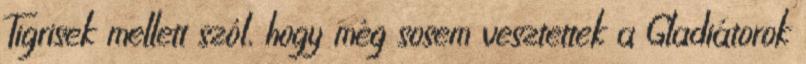
Tigrisek mellett szól, hogy még sosem vesztettek a Gladiátorok